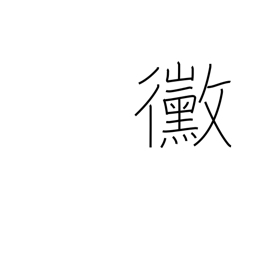
Meaning: mildew